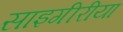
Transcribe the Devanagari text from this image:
साइगीरीया